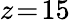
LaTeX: z\! =\! 15